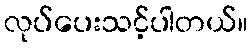
လုပ်ပေးသင့်ပါတယ်။